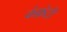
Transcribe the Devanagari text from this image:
कंफ़ेटी